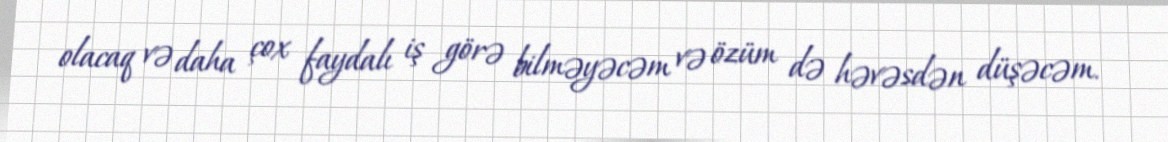
olacaq və daha çox faydalı iş görə bilməyəcəm və özüm də həvəsdən düşəcəm.